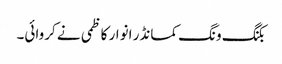
بکنگ ونگ کمانڈر انوار کاظمی نے کروائی۔